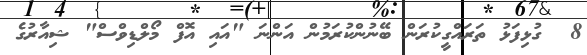
8  ގުޅިފަޅު ތަރައްގީކުރަން ބޭނުންކުރަމުން އަންނަ "އައި އޮފް މޯލްޑިވްސް" ޝިއާރުގެ